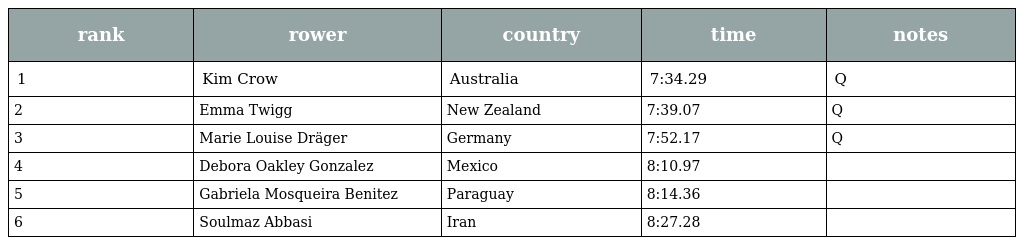
| rank | rower | country | time | notes |
 | --- | --- | --- | --- | --- |
 | 1 | Kim Crow | Australia | 7:34.29 | Q |
 | 2 | Emma Twigg | New Zealand | 7:39.07 | Q |
 | 3 | Marie Louise Dräger | Germany | 7:52.17 | Q |
 | 4 | Debora Oakley Gonzalez | Mexico | 8:10.97 |  |
 | 5 | Gabriela Mosqueira Benitez | Paraguay | 8:14.36 |  |
 | 6 | Soulmaz Abbasi | Iran | 8:27.28 |  |